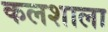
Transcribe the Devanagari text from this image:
कलशाला